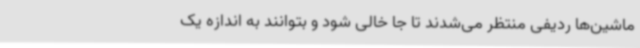
ماشین‌ها ردیفی منتظر می‌شدند تا جا خالی شود و بتوانند به اندازه یک